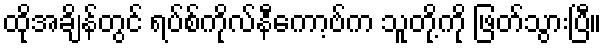
ထိုအချိန်တွင် ရပ်စ်ကိုလ်နီကော့ဗ်က သူတို့ကို ဖြတ်သွားပြီ။